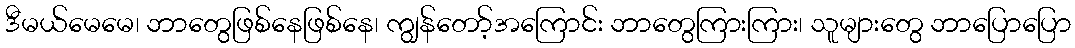
ဒီမယ်မေမေ၊ ဘာတွေဖြစ်နေဖြစ်နေ၊ ကျွန်တော့်အကြောင်း ဘာတွေကြားကြား၊ သူများတွေ ဘာပြောပြော